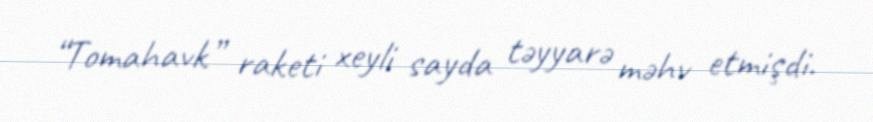
“Tomahavk” raketi xeyli sayda təyyarə məhv etmişdi.